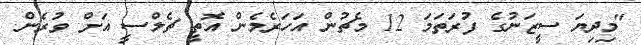
"މިދިޔަ ސީޒަނުގެ ފުރަތަމަ 12 މެޗުން އަހަރެމެން އޮތީ ޗެލްސީ އަށް ވުރެން